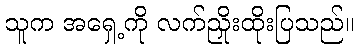
သူက အရှေ့ကို လက်ညှိုးထိုးပြသည်။